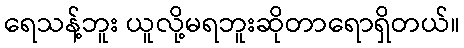
ရေသန့်ဘူး ယူလို့မရဘူးဆိုတာရောရှိတယ်။